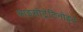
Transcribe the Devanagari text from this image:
आइसोट्रेटिनोइन